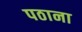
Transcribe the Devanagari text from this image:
पठाना